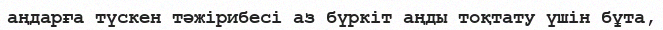
аңдарға түскен тәжірибесі аз бүркіт аңды тоқтату үшін бұта,